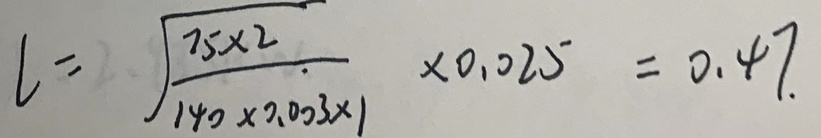
\[ l = \sqrt{\frac{75\times2}{140\times0.003\times1}} \times 0.025 = 0.47 \]